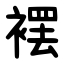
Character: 䙓